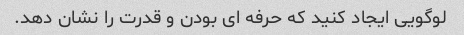
لوگویی ایجاد کنید که حرفه ای بودن و قدرت را نشان دهد.